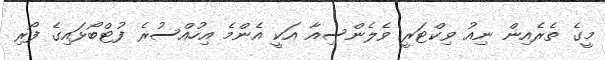
މީގެ ތެރެއިން ނިއު ވިކްޓަރީ ވެލެންސިއާ އަކީ އެންމެ އިހުއްސުރެ ފުޓްބޯޅައިގެ ފޯރި